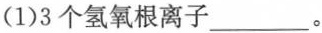
(1)3个氢氧根离子\underline。